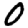
Digit: 0